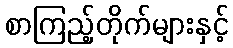
စာကြည့်တိုက်များနှင့်